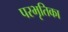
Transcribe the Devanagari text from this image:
परभृतिका